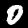
Digit: 0